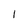
Character: I